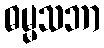
ဓမ္မသဘာ